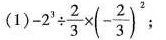
(1)$$- 2 ^ { 3 } \div \frac { 2 } { 3 } \times